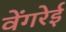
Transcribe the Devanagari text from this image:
वेंगरेई